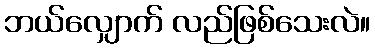
ဘယ်လျှောက် လည်ဖြစ်သေးလဲ။